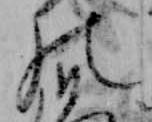
の